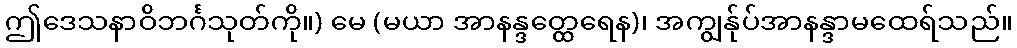
ဤဒေသနာဝိဘင်္ဂသုတ်ကို။) မေ (မယာ အာနန္ဒတ္ထေရေန)၊ အကျွန်ုပ်အာနန္ဒာမထေရ်သည်။